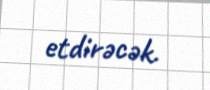
etdirəcək.